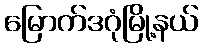
မြောက်ဒဂုံမြို့နယ်